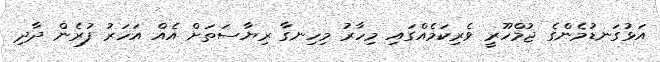
އަޅުގަނޑުމެންގެ ޖުމްހޫރީ ވެރިކަމެއްގައި މިހާރު މިހިނގާ ރިޔާސަތަށް އެއް އަހަރު ފުރެން ދާދި